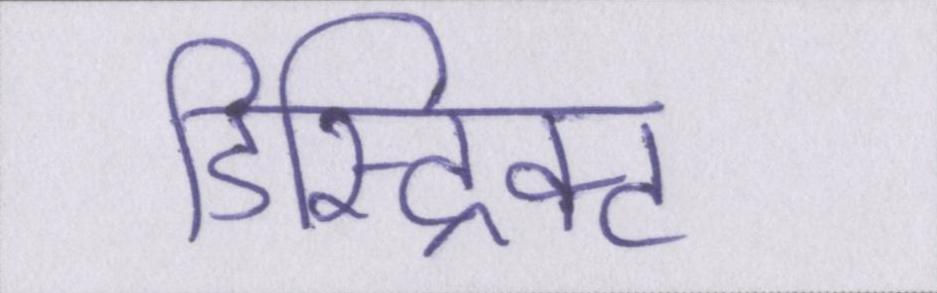
डिस्ट्रिक्ट